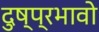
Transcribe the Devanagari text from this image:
दुष्प्रभावो